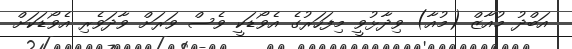
އަބްދު މުއާޒް (މުއާ) ވިދާޅުވީ މިފަހަރުގެ އެވޯޑަކީ ވެސް ވަރަށް ވާދަވެރި އެވޯޑަކަށް